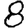
Digit: 8